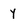
Character: y